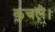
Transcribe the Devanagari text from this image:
कुचले।